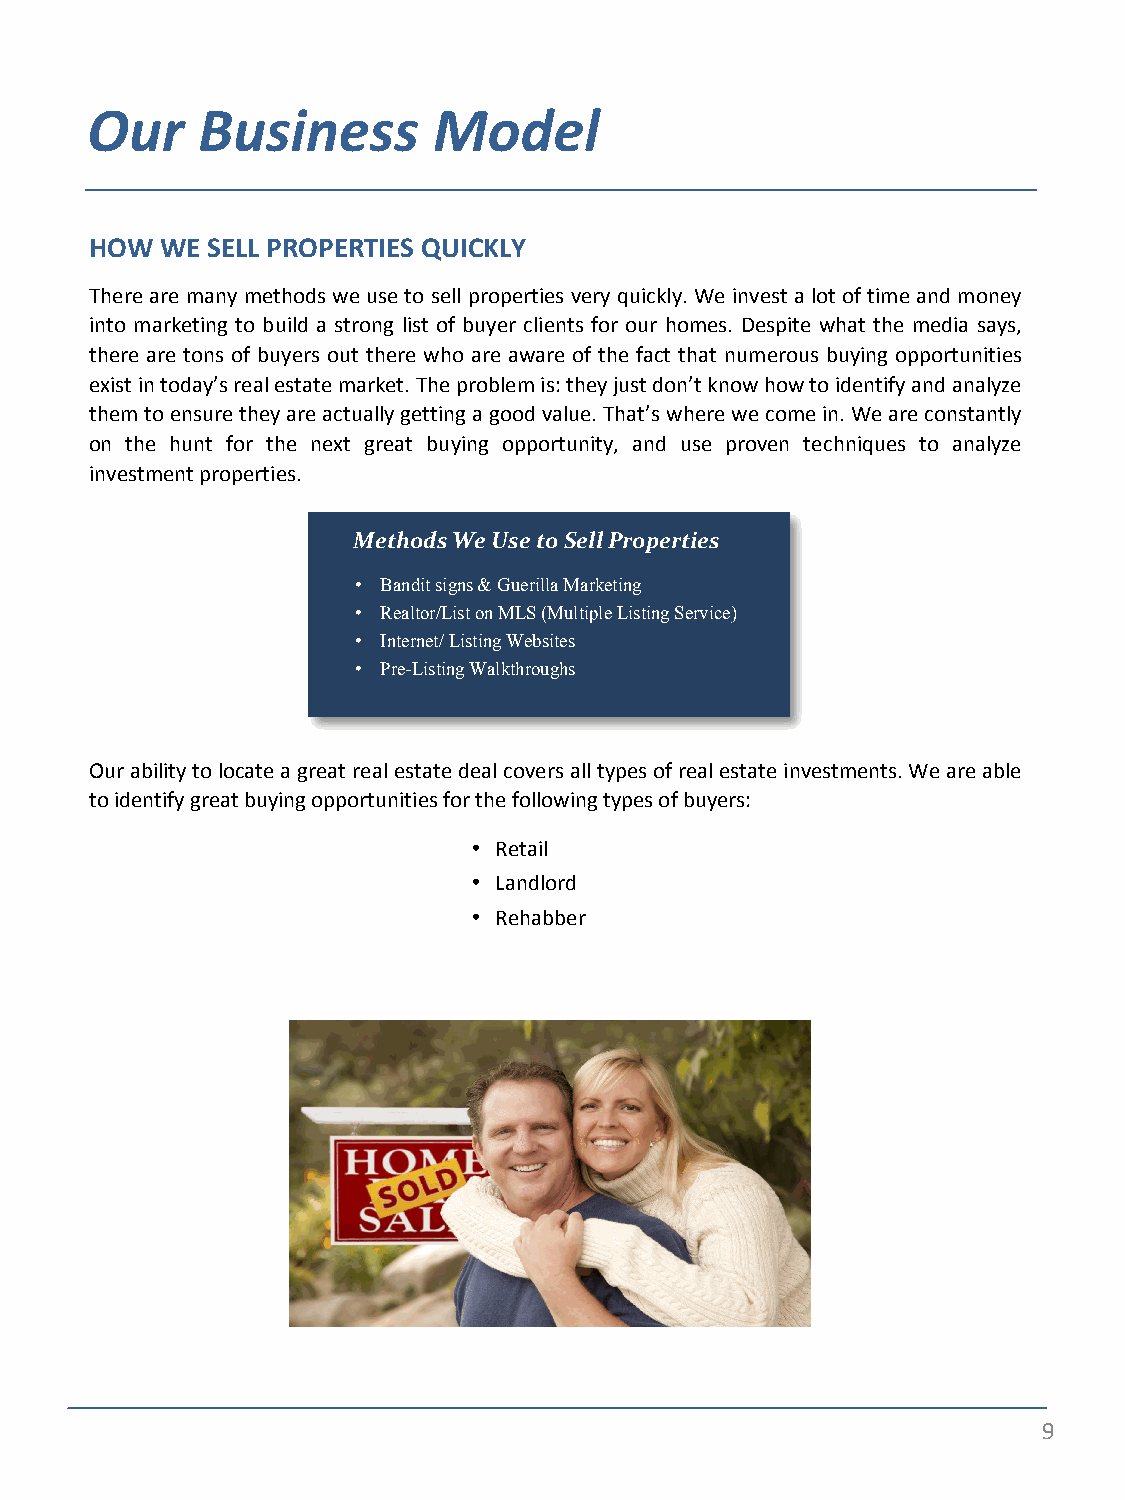
Our    Business        Model
 HOW  WE SELL PROPERTIES QUICKLY
 There are many methods we use to sell properties very quickly. We invest a lot of time and money
 into marketing to build a strong list of buyer clients for our homes. Despite what the media says,
 there are tons of buyers out there who are aware of the fact that numerous buying opportunities
 exist in today’s real estate market. The problem is: they just don’t know how to identify and analyze
 them to ensure they are actually getting a good value. That’s where we come in. We are constantly
 on the hunt for the next great buying opportunity, and use proven techniques to analyze
 investment properties.
 Methods We Use to Sell Properties
 • Bandit signs & Guerilla Marketing
 • Realtor/List on MLS (Multiple Listing Service)
 • Internet/ Listing Websites
 • Pre-Listing Walkthroughs
 Our ability to locate a great real estate deal covers all types of real estate investments. We are able
 to identify great buying opportunities for the following types of buyers:
 • Retail
 • Landlord
 • Rehabber
 INSERT PHOTO HERE
 (SOLD HOUSE TO COUPLE)
 9